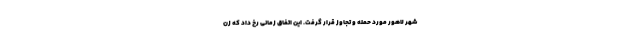
شهر لاهور مورد حمله و تجاوز قرار گرفت. این اتفاق زمانی رخ داد که زن